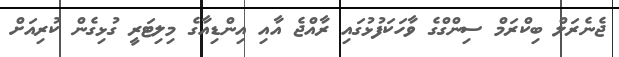
ޖެނެރަލް ބިކްރަމް ސިންގްގެ ވާހަކަފުޅުގައި ރާއްޖެ އާއި އިންޑިއާގެ މިލިޓަރީ ގުޅިގެން ކުރިއަށް